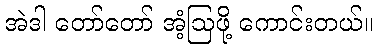
အဲဒါ တော်တော် အံ့ဩဖို့ ကောင်းတယ်။